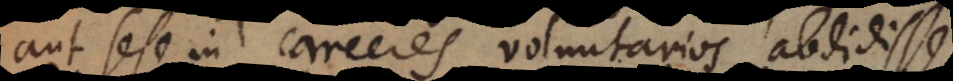
aut sese in carceres voluntarios abdidisse,